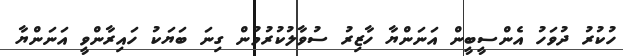
ހުކުރު ދުވަހު އެންސީބީން އަނަންޔާ ހާޒިރު ސުވާލުކުރުމުން ގިނަ ބަޔަކު ހައިރާންވީ އަނަންޔާ